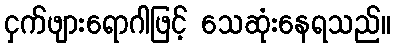
ငှက်ဖျားရောဂါဖြင့် သေဆုံးနေရသည်။